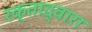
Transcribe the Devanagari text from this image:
रक्ताद्वारा